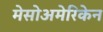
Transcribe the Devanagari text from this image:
मेसोअमेरिकेन